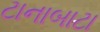
ટાનાબાટા